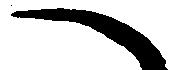
へ